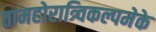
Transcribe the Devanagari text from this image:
तामहोरात्र्विकल्पमेके